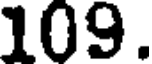
109.